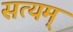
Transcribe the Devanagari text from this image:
सत्‍यम्